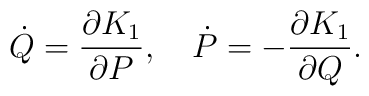
\dot{Q}=\frac{\partial K_{1}}{\partial P},~~~\dot{P}=-\frac{\partial K_{1}}{\partial Q}.